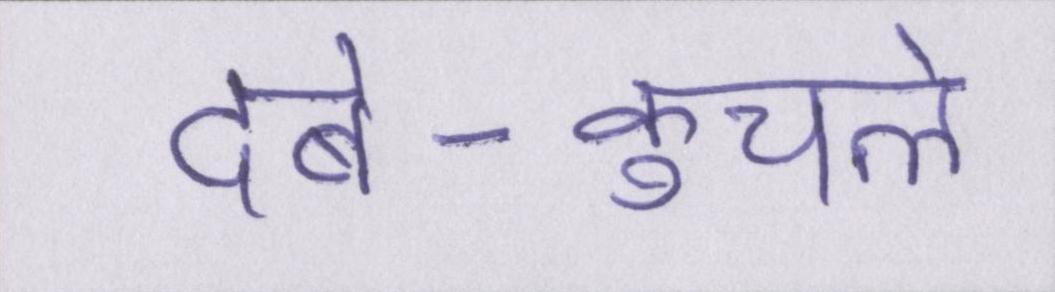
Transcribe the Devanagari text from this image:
दबे-कुचले